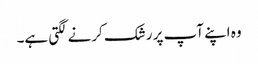
وہ اپنے آپ پر رشک کرنے لگتی ہے۔